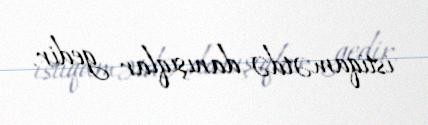
istiqamətdə danışıqlar gedir.